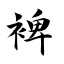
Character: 裨